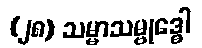
(၂၈) သမ္မာသမ္ဗုဒ္ဓေါ